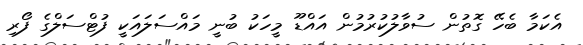
އެކަމާ ބެހޭ ގޮތުން ސުވާލުކުރުމުން އައްޑޫ މީހަކު ބުނީ މައްސަލައަކީ ފުޓްސަލްގެ ފޯރި